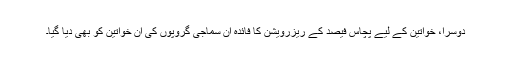
دوسرا، خواتین کے لیے پچاس فیصد کے ریزرویشن کا فائدہ ان سماجی گروپوں کی ان خواتین کو بھی دیا گیا۔